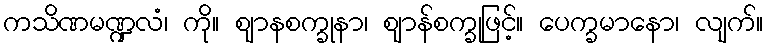
ကသိဏမဏ္ဍလံ၊ ကို။ ဈာနစက္ခုနာ၊ ဈာန်စက္ခုဖြင့်။ ပေက္ခမာနော၊ လျက်။